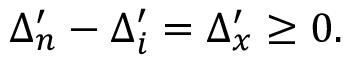
\Delta _ { n } ^ { \prime } - \Delta _ { i } ^ { \prime } = \Delta _ { x } ^ { \prime } \ge 0 .